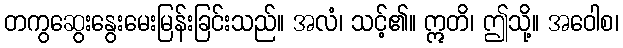
တကွဆွေးနွေးမေးမြန်းခြင်းသည်။ အလံ၊ သင့်၏။ ဣတိ၊ ဤသို့။ အဝေါစ၊